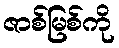
ဇာစ်မြစ်ကို